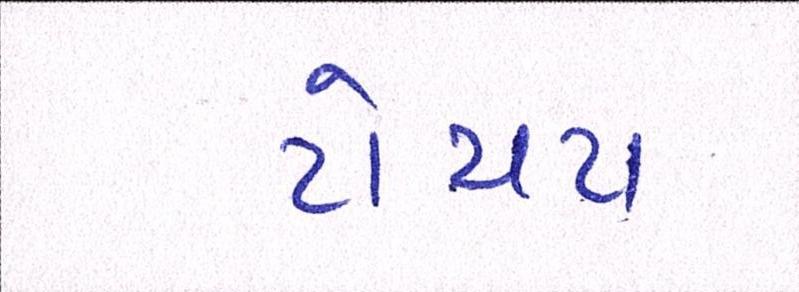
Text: ટોયટા